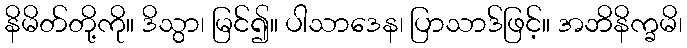
နိမိတ်တို့ကို။ ဒိသွာ၊ မြင်၍။ ပါသာဒေန၊ ပြာသာဒ်ဖြင့်။ အဘိနိက္ခမိ၊